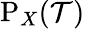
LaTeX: \mathrm{P}_{X}({\cal T})